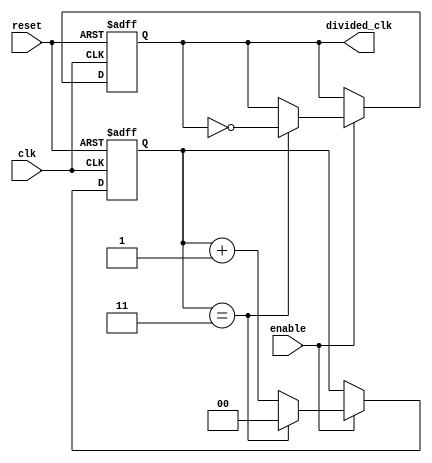
module frequency_divider_counter #(
    parameter N = 4 // Default division factor
)(
    input wire clk,           // Input clock signal
    input wire reset,         // Asynchronous reset signal
    input wire enable,        // Optional enable signal
    output reg divided_clk     // Output divided clock signal
);

    reg [$clog2(N)-1:0] count; // Counter to count clock cycles

    always @(posedge clk or posedge reset) begin
        if (reset) begin
            count <= 0;          // Reset the counter
            divided_clk <= 0;    // Reset the divided clock
        end else if (enable) begin
            if (count == N-1) begin
                count <= 0;      // Reset the counter
                divided_clk <= ~divided_clk; // Toggle divided clock
            end else begin
                count <= count + 1; // Increment the counter
            end
        end
    end

endmodule